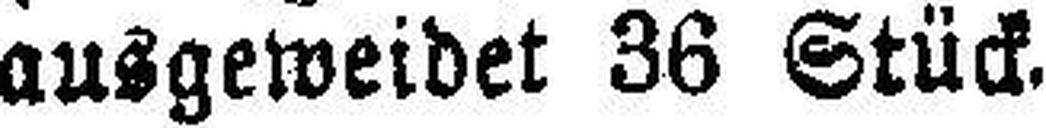
ausgeweidet 36 Stück.